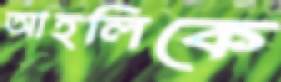
আহলিকে